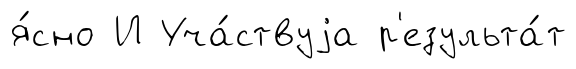
я́сно И Уча́ствуjа р'езульта́т